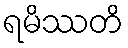
ရမိဿတိ